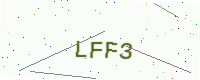
Text: LFF3